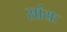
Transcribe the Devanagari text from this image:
सांयः